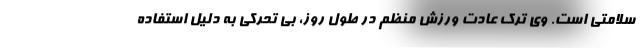
سلامتی است. وی ترک عادت ورزش منظم در طول روز، بی تحرکی به دلیل استفاده